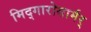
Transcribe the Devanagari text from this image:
मिद्गारोसार्मर्